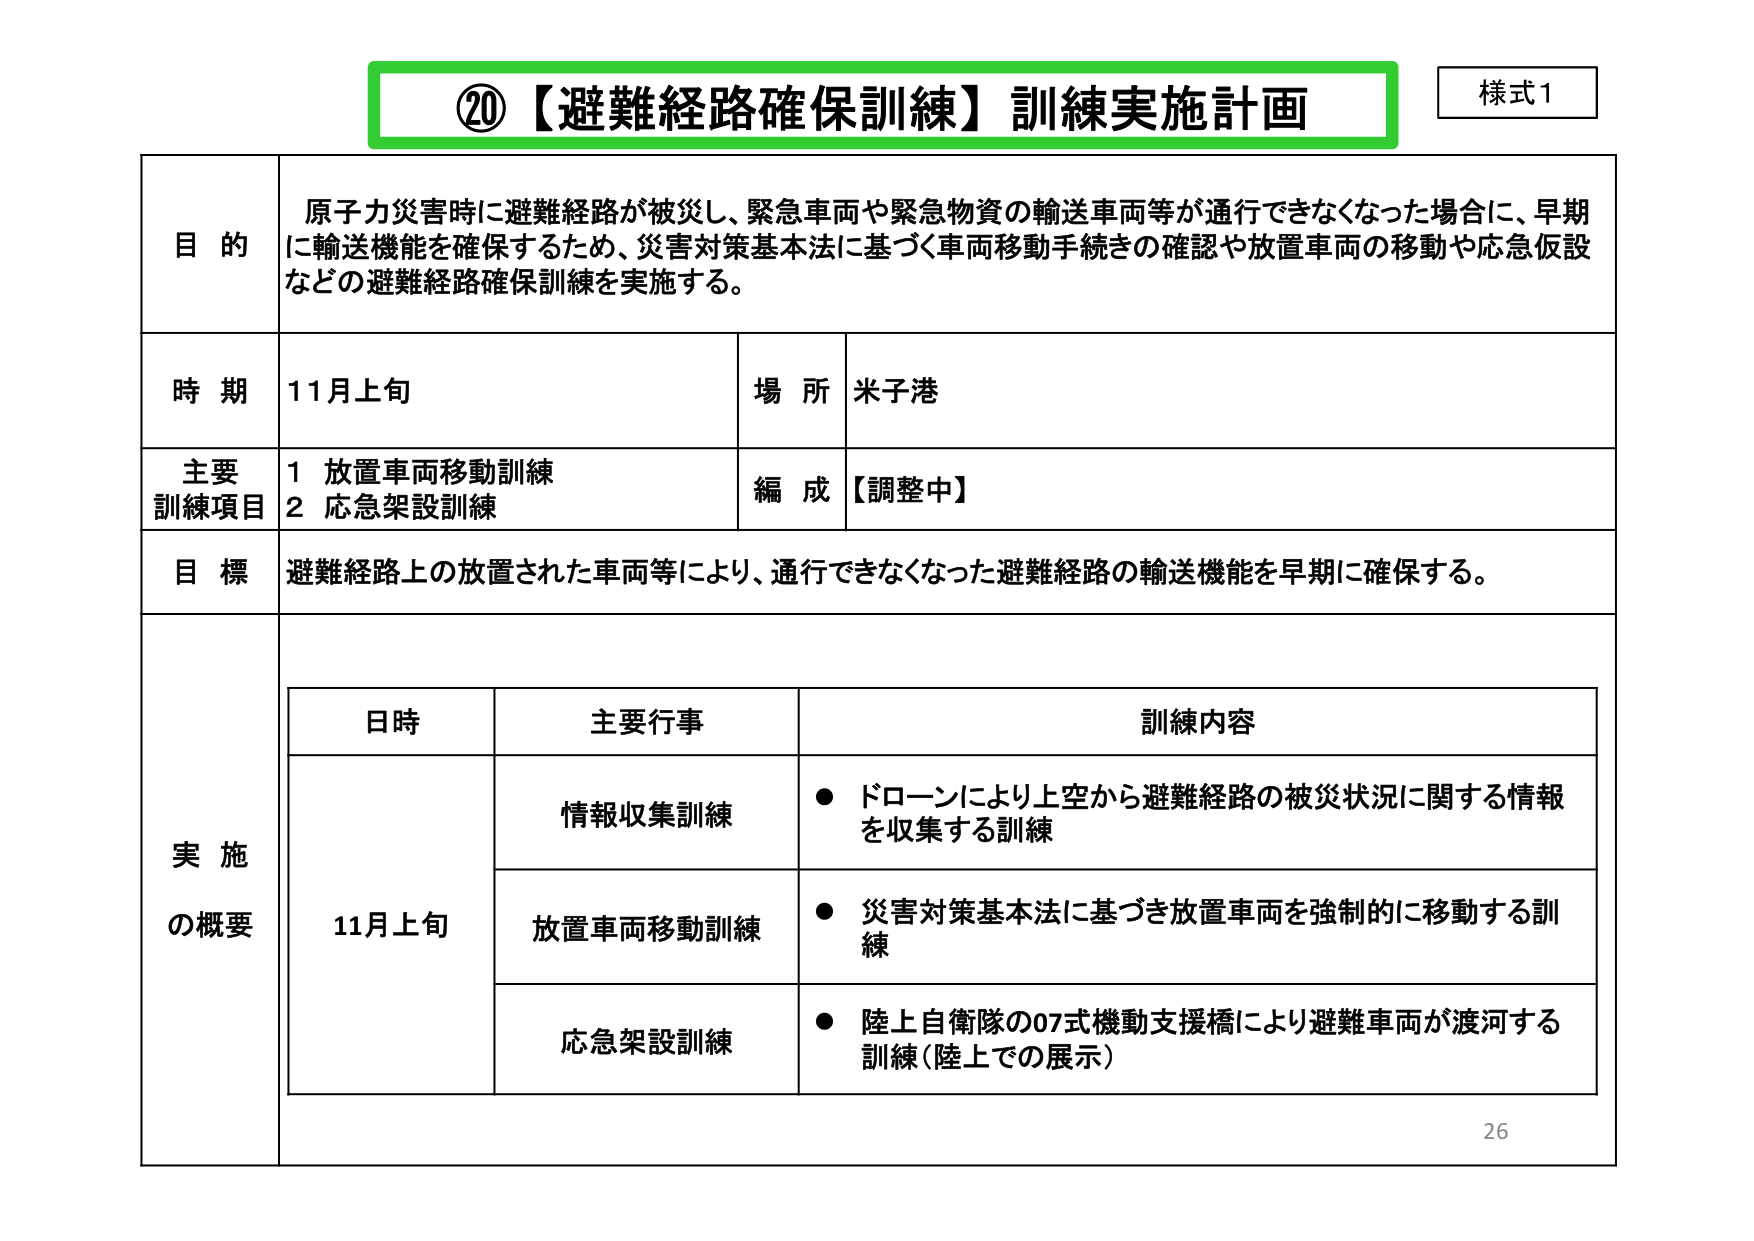
⑳【避難経路確保訓練】訓練実施計画
様式1

目的
原子力災害時に避難経路が被災し、緊急車両や緊急物資の輸送車両等が通行できなくなった場合に、早期に輸送機能を確保するため、災害対策基本法に基づく車両移動手続きの確認や放置車両の移動や応急仮設などの避難経路確保訓練を実施する。

時期 11月上旬
場所 米子港

主要訓練項目
1 放置車両移動訓練
2 応急架設訓練
編成 【調整中】

目標
避難経路上の放置された車両等により、通行できなくなった避難経路の輸送機能を早期に確保する。

実施の概要
日時 主要行事 訓練内容
11月上旬 情報収集訓練 ● ドローンにより上空から避難経路の被災状況に関する情報を収集する訓練
放置車両移動訓練 ● 災害対策基本法に基づき放置車両を強制的に移動する訓練
応急架設訓練 ● 陸上自衛隊の07式機動支援橋により避難車両が渡河する訓練（陸上での展示）

26